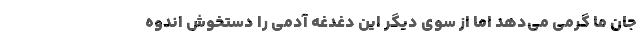
جان ما گرمی می‌دهد اما از سوی دیگر این دغدغه آدمی را دستخوش اندوه